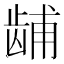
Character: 𫜫